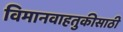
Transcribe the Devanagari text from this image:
विमानवाहतुकीसाठी